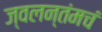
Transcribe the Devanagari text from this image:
ज्वलन्तंमचं